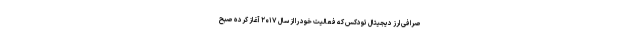
صرافی ارز دیجیتال تودکس که فعالیت خود را از سال ۲۰۱۷ آغاز کرده صبح